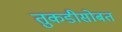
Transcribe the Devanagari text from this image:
तुकडीसोबत